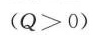
($$Q > 0$$) 反应过程